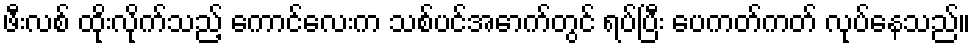
ဖီးလစ် ထိုးလိုက်သည့် ကောင်လေးက သစ်ပင်အောက်တွင် ရပ်ပြီး ပေကတ်ကတ် လုပ်နေသည်။